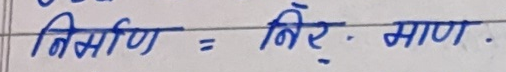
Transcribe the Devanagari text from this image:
निर्माण = निर्. माण.